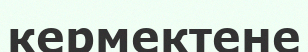
кермектене